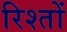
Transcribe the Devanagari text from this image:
रिश्‍तों